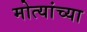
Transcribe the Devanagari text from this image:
मोत्यांच्या